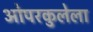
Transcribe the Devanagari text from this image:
ओपरकुलेला